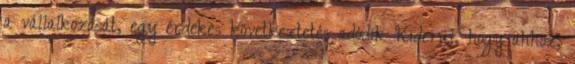
a vállalkozását, egy érdekes következtetés adódik Kiderül, hogy ahhoz,